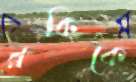
রকিকে